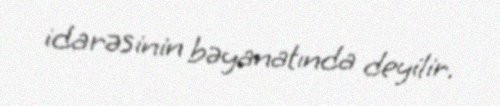
idarəsinin bəyanatında deyilir.